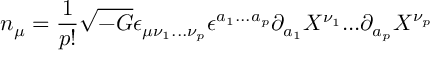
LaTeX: n _ { \mu } = \frac { 1 } { p ! } \sqrt { - G } \epsilon _ { \mu \nu _ { 1 } . . . \nu _ { p } } \epsilon ^ { a _ { 1 } . . . a _ { p } } \partial _ { a _ { 1 } } X ^ { \nu _ { 1 } } . . . \partial _ { a _ { p } } X ^ { \nu _ { p } }